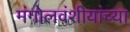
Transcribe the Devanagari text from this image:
मंगोलवंशीयांच्या